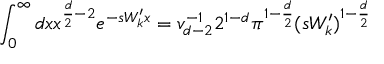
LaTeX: \int _ { 0 } ^ { \infty } d x x ^ { \frac { d } { 2 } - 2 } e ^ { - s W _ { k } ^ { \prime } x } = v _ { d - 2 } ^ { - 1 } 2 ^ { 1 - d } \pi ^ { 1 - \frac { d } { 2 } } ( s W _ { k } ^ { \prime } ) ^ { 1 - \frac { d } { 2 } }